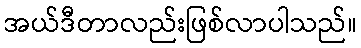
အယ်ဒီတာလည်းဖြစ်လာပါသည်။